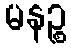
မနဉ္စ